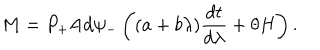
M = P _ { + } \mathrm { A d } \psi _ { - } \left( ( a + b \lambda ) \frac { d t } { d \lambda } + \theta H \right) .